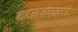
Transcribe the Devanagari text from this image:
महाकव्यात्मक